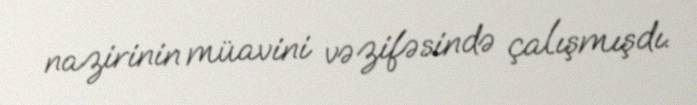
nazirinin müavini vəzifəsində çalışmışdı.